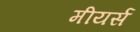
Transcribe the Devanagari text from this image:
मीयर्स